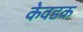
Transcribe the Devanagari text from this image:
केवडक